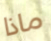
ماذا